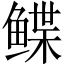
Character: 鲽